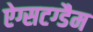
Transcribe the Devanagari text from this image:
ऐग्सटग्डैम